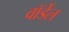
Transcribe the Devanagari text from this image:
वॉर्डेल